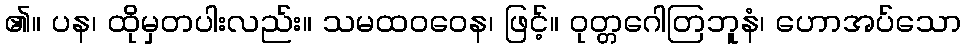
၏။ ပန၊ ထိုမှတပါးလည်း။ သမထဝဝေန၊ ဖြင့်။ ဝုတ္တဂေါတြဘူနံ၊ ဟောအပ်သော